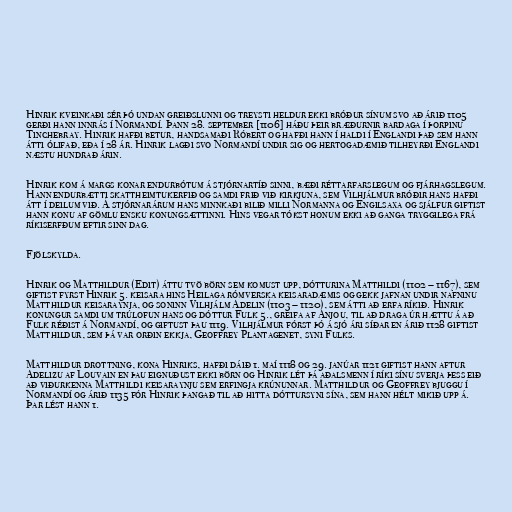
Hinrik kveinkaði sér þó undan greiðslunni og treysti heldur ekki bróður sínum svo að árið 1105
gerði hann innrás í Normandí. Þann 28. september [1106] háðu þeir bræðurnir bardaga í þorpinu
Tinchebray. Hinrik hafði betur, handsamaði Róbert og hafði hann í haldi í Englandi það sem hann
átti ólifað, eða í 28 ár. Hinrik lagði svo Normandí undir sig og hertogadæmið tilheyrði Englandi
næstu hundrað árin.

Hinrik kom á margs konar endurbótum á stjórnartíð sinni, bæði réttarfarslegum og fjárhagslegum.
Hann endurbætti skattheimtukerfið og samdi frið við kirkjuna, sem Vilhjálmur bróðir hans hafði
átt í deilum við. Á stjórnarárum hans minnkaði bilið milli Normanna og Engilsaxa og sjálfur giftist
hann konu af gömlu ensku konungsættinni. Hins vegar tókst honum ekki að ganga tryggilega frá
ríkiserfðum eftir sinn dag.

Fjölskylda.

Hinrik og Matthildur (Edit) áttu tvö börn sem komust upp, dótturina Matthildi (1102 – 1167), sem
giftist fyrst Hinrik 5. keisara hins Heilaga rómverska keisaradæmis og gekk jafnan undir nafninu
Matthildur keisaraynja, og soninn Vilhjálm Adelin (1103 – 1120), sem átti að erfa ríkið. Hinrik
konungur samdi um trúlofun hans og dóttur Fulk 5., greifa af Anjou, til að draga úr hættu á að
Fulk réðist á Normandí, og giftust þau 1119. Vilhjálmur fórst þó á sjó ári síðar en árið 1128 giftist
Matthildur, sem þá var orðin ekkja, Geoffrey Plantagenet, syni Fulks.

Matthildur drottning, kona Hinriks, hafði dáið 1. maí 1118 og 29. janúar 1121 giftist hann aftur
Adelizu af Louvain en þau eignuðust ekki börn og Hinrik lét þá aðalsmenn í ríki sínu sverja þess eið
að viðurkenna Matthildi keisaraynju sem erfingja krúnunnar. Matthildur og Geoffrey bjuggu í
Normandí og árið 1135 fór Hinrik þangað til að hitta dóttursyni sína, sem hann hélt mikið upp á.
Þar lést hann 1.